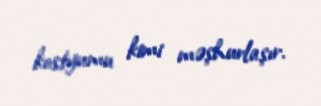
kostyumu kimi məşhurlaşır.